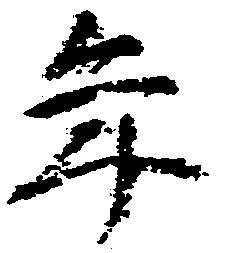
年